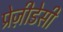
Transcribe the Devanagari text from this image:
प्रेज़ीडेसी